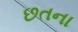
છતના